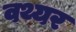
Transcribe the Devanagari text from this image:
वथ्यर